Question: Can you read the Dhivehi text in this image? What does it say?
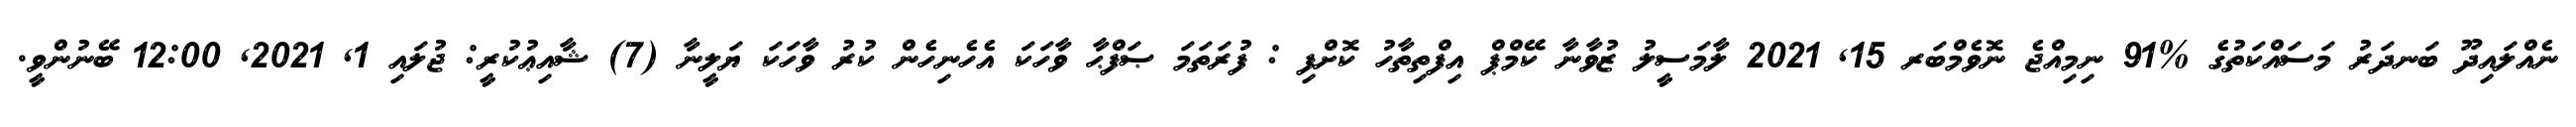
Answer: ނެއްލައިދޫ ބަނދަރު މަސައްކަތުގެ %91 ނިމިއްޖެ ނޮވެމްބަރ 15, 2021 ލާމަސީލު ޒުވާނާ ކޭމްޕް އިފްތިތާހު ކޮށްފި : ފުރަތަމަ ޞަފްޙާ ވާހަކަ އެހެނިހެން ކުރު ވާހަކަ ޔަލީނާ (7) ޝާއިޢުކުރީ: ޖުލައި 1, 2021, 12:00 ބޭނުންވީ.